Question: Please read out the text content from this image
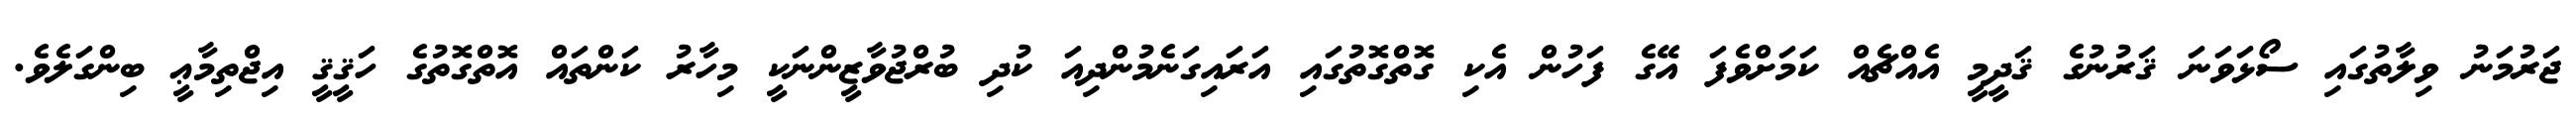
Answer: ޖަރުމަނު ވިލާތުގައި ސޯޅަވަނަ ޤަރުނުގެ ޤަދީމީ އެއްޗެއް ކަމަށްވެފަ އޭގެ ފަހުން އެކި ގޮތްގޮތުގައި އަރައިގަނެމުންދިއަ ކުދި ބުރްޖުވާޒީންނަކީ މިހާރު ކަންތައް އޮތްގޮތުގެ ހަޤީޤީ އިޖްތިމާޢީ ބިންގަލެވެ.